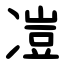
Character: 凒